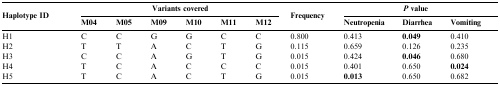
<table><thead><tr><td rowspan="2"><b>Haplotype ID</b></td><td colspan="6"><b>Variants covered</b></td><td rowspan="2"><b>Frequency</b></td><td colspan="3"><b><i>P</i> value</b></td></tr><tr><td><b>M04</b></td><td><b>M05</b></td><td><b>M09</b></td><td><b>M10</b></td><td><b>M11</b></td><td><b>M12</b></td><td><b>Neutropenia</b></td><td><b>Diarrhea</b></td><td><b>Vomiting</b></td></tr></thead><tbody><tr><td>H1</td><td>C</td><td>C</td><td>G</td><td>G</td><td>C</td><td>C</td><td>0.800</td><td>0.413</td><td><b>0.049</b></td><td>0.410</td></tr><tr><td>H2</td><td>T</td><td>T</td><td>A</td><td>C</td><td>T</td><td>G</td><td>0.115</td><td>0.659</td><td>0.126</td><td>0.235</td></tr><tr><td>H3</td><td>C</td><td>C</td><td>A</td><td>G</td><td>T</td><td>G</td><td>0.015</td><td>0.424</td><td><b>0.046</b></td><td>0.680</td></tr><tr><td>H4</td><td>T</td><td>C</td><td>A</td><td>C</td><td>C</td><td>C</td><td>0.015</td><td>0.401</td><td>0.650</td><td><b>0.024</b></td></tr><tr><td>H5</td><td>T</td><td>C</td><td>A</td><td>C</td><td>T</td><td>G</td><td>0.015</td><td><b>0.013</b></td><td>0.650</td><td>0.682</td></tr></tbody></table>